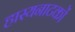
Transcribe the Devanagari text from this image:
हास्यनाटकों